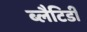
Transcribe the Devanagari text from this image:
ब्लैटिडी